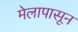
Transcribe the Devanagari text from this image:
मेलापासून